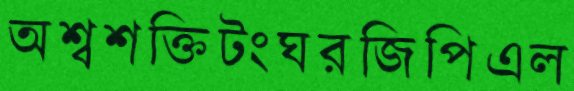
অশ্বশক্তিটংঘরজিপিএল